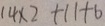
1 4 \times 2 + 1 1 + 6